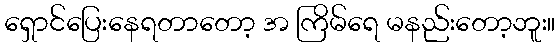
ရှောင်ပြေးနေရတာတော့ အ ကြိမ်ရေ မနည်းတော့ဘူး။